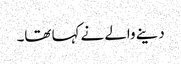
دینے والے نے کہا تھا۔